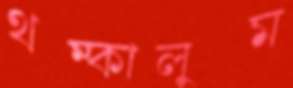
থম্‌কালুম